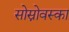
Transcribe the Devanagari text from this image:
सोस्नोवस्का